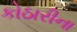
કોઠારીના